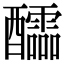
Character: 醽